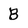
Character: B